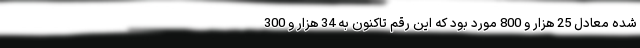
شده معادل 25 هزار و 800 مورد بود که این رقم تاکنون به 34 هزار و 300